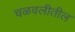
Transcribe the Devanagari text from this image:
चळवलीतील